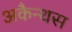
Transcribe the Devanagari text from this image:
अकैन्थस